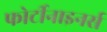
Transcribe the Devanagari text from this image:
फोर्टीनाइनर्स